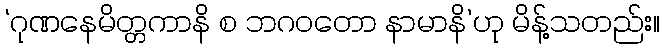
‘ဂုဏနေမိတ္တကာနိ စ ဘဂဝတော နာမာနိ’ဟု မိန့်သတည်း။